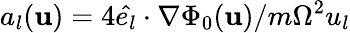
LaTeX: a_{l}(\mathbf{u})=4\hat{e_{l}}\cdot\nabla\Phi_{0}(\mathbf{u})/m\Omega^{2}u_{l}